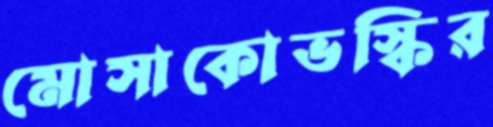
মোসাকোভস্কির